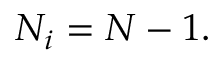
N _ { i } = N - 1 .